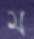
ম